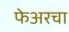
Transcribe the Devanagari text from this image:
फेअरचा